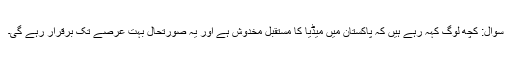
سوال: کچھ لوگ کہہ رہے ہیں کہ پاکستان میں میڈیا کا مستقبل مخدوش ہے اور یہ صورتحال بہت عرصے تک برقرار رہے گی۔